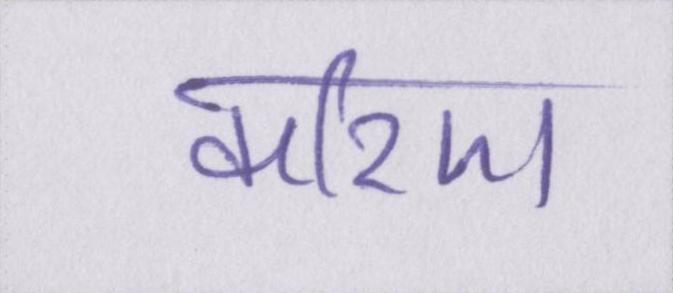
करिए